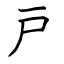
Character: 戸